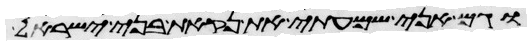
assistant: וגם אני שמעתי את נקאת בני ישראל